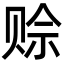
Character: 赊